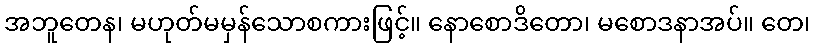
အဘူတေန၊ မဟုတ်မမှန်သောစကားဖြင့်။ နောစောဒိတော၊ မစောဒနာအပ်။ တေ၊